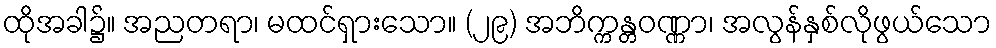
ထိုအခါ၌။ အညတရာ၊ မထင်ရှားသော။ (၂၉) အဘိက္ကန္တဝဏ္ဏာ၊ အလွန်နှစ်လိုဖွယ်သော